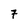
Character: 7